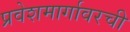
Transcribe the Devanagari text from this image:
प्रवेशमार्गावरची